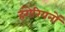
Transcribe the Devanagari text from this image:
हंगेरियनों